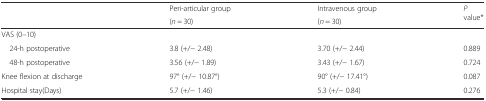
| <ROWSPAN=2>  | Peri-articular group | Intravenous group | <ROWSPAN=2> P value* |
 | (n = 30) | (n = 30) |
 | --- | --- | --- | --- |
 | VAS (0–10) |  |  |  |
 | 24-h postoperative | 3.8 (+/− 2.48) | 3.70 (+/− 2.44) | 0.889 |
 | 48-h postoperative | 3.56 (+/− 1.89) | 3.43 (+/− 1.67) | 0.724 |
 | Knee flexion at discharge | 97° (+/− 10.87°) | 90° (+/− 17.41°) | 0.087 |
 | Hospital stay(Days) | 5.7 (+/− 1.46) | 5.3 (+/− 0.84) | 0.276 |